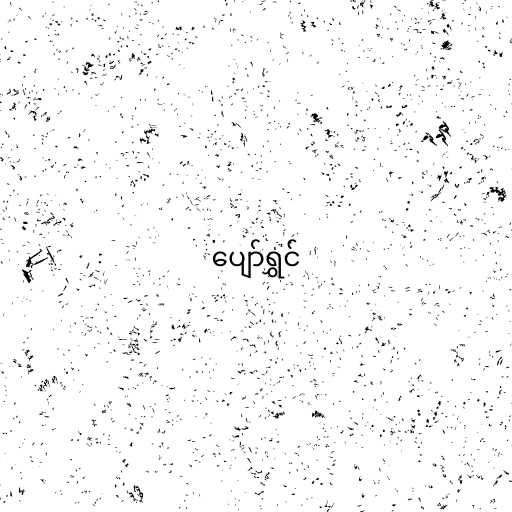
ပျော်ရွှင်